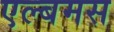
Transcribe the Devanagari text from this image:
एल्बमस